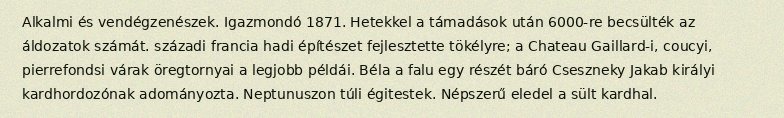
Alkalmi és vendégzenészek. Igazmondó 1871. Hetekkel a támadások után 6000-re becsülték az áldozatok számát. századi francia hadi építészet fejlesztette tökélyre; a Chateau Gaillard-i, coucyi, pierrefondsi várak öregtornyai a legjobb példái. Béla a falu egy részét báró Cseszneky Jakab királyi kardhordozónak adományozta. Neptunuszon túli égitestek. Népszerű eledel a sült kardhal.